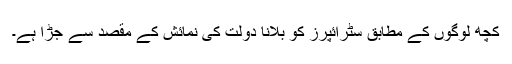
کچھ لوگوں کے مطابق سٹرائپرز کو بلانا دولت کی نمائش کے مقصد سے جڑا ہے۔